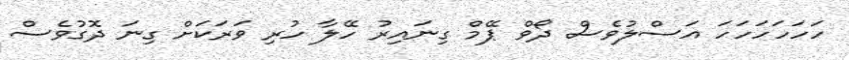
ހަހަހަހަހަހަ އަސްލުވެސް ދޯވް ޕޭމް ގިނައިރު ހޭލާ ހުރި ވަރަކަށް ގިނަ ދޮގުވެސް